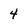
Character: 4